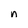
Character: n